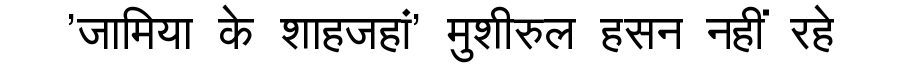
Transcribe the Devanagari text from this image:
'जामिया के शाहजहां' मुशीरुल हसन नहीं रहे